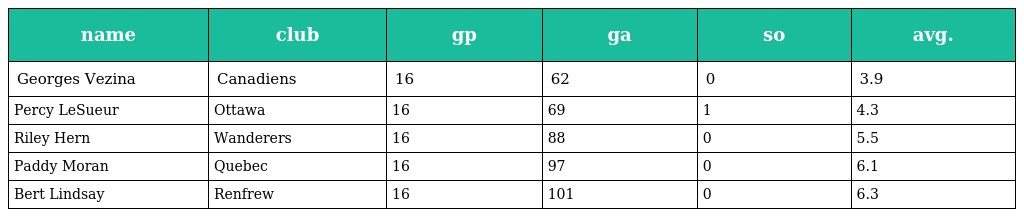
| name | club | gp | ga | so | avg. |
 | --- | --- | --- | --- | --- | --- |
 | Georges Vezina | Canadiens | 16 | 62 | 0 | 3.9 |
 | Percy LeSueur | Ottawa | 16 | 69 | 1 | 4.3 |
 | Riley Hern | Wanderers | 16 | 88 | 0 | 5.5 |
 | Paddy Moran | Quebec | 16 | 97 | 0 | 6.1 |
 | Bert Lindsay | Renfrew | 16 | 101 | 0 | 6.3 |